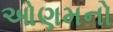
ઓણમનો